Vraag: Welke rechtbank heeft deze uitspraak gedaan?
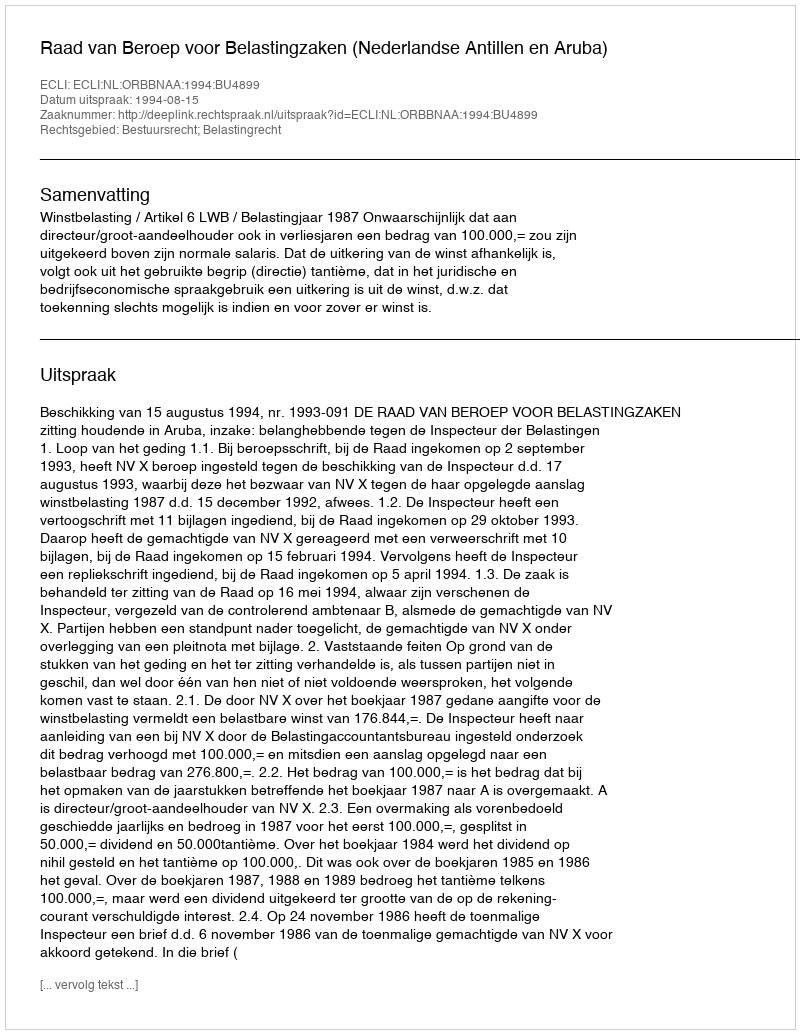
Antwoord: Raad van Beroep voor Belastingzaken (Nederlandse Antillen en Aruba)